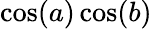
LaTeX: \cos(a)\cos(b)